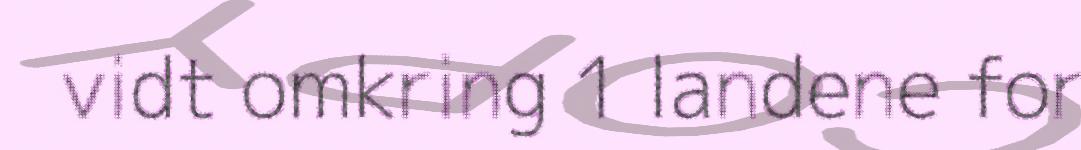
vidt omkring 1 landene for